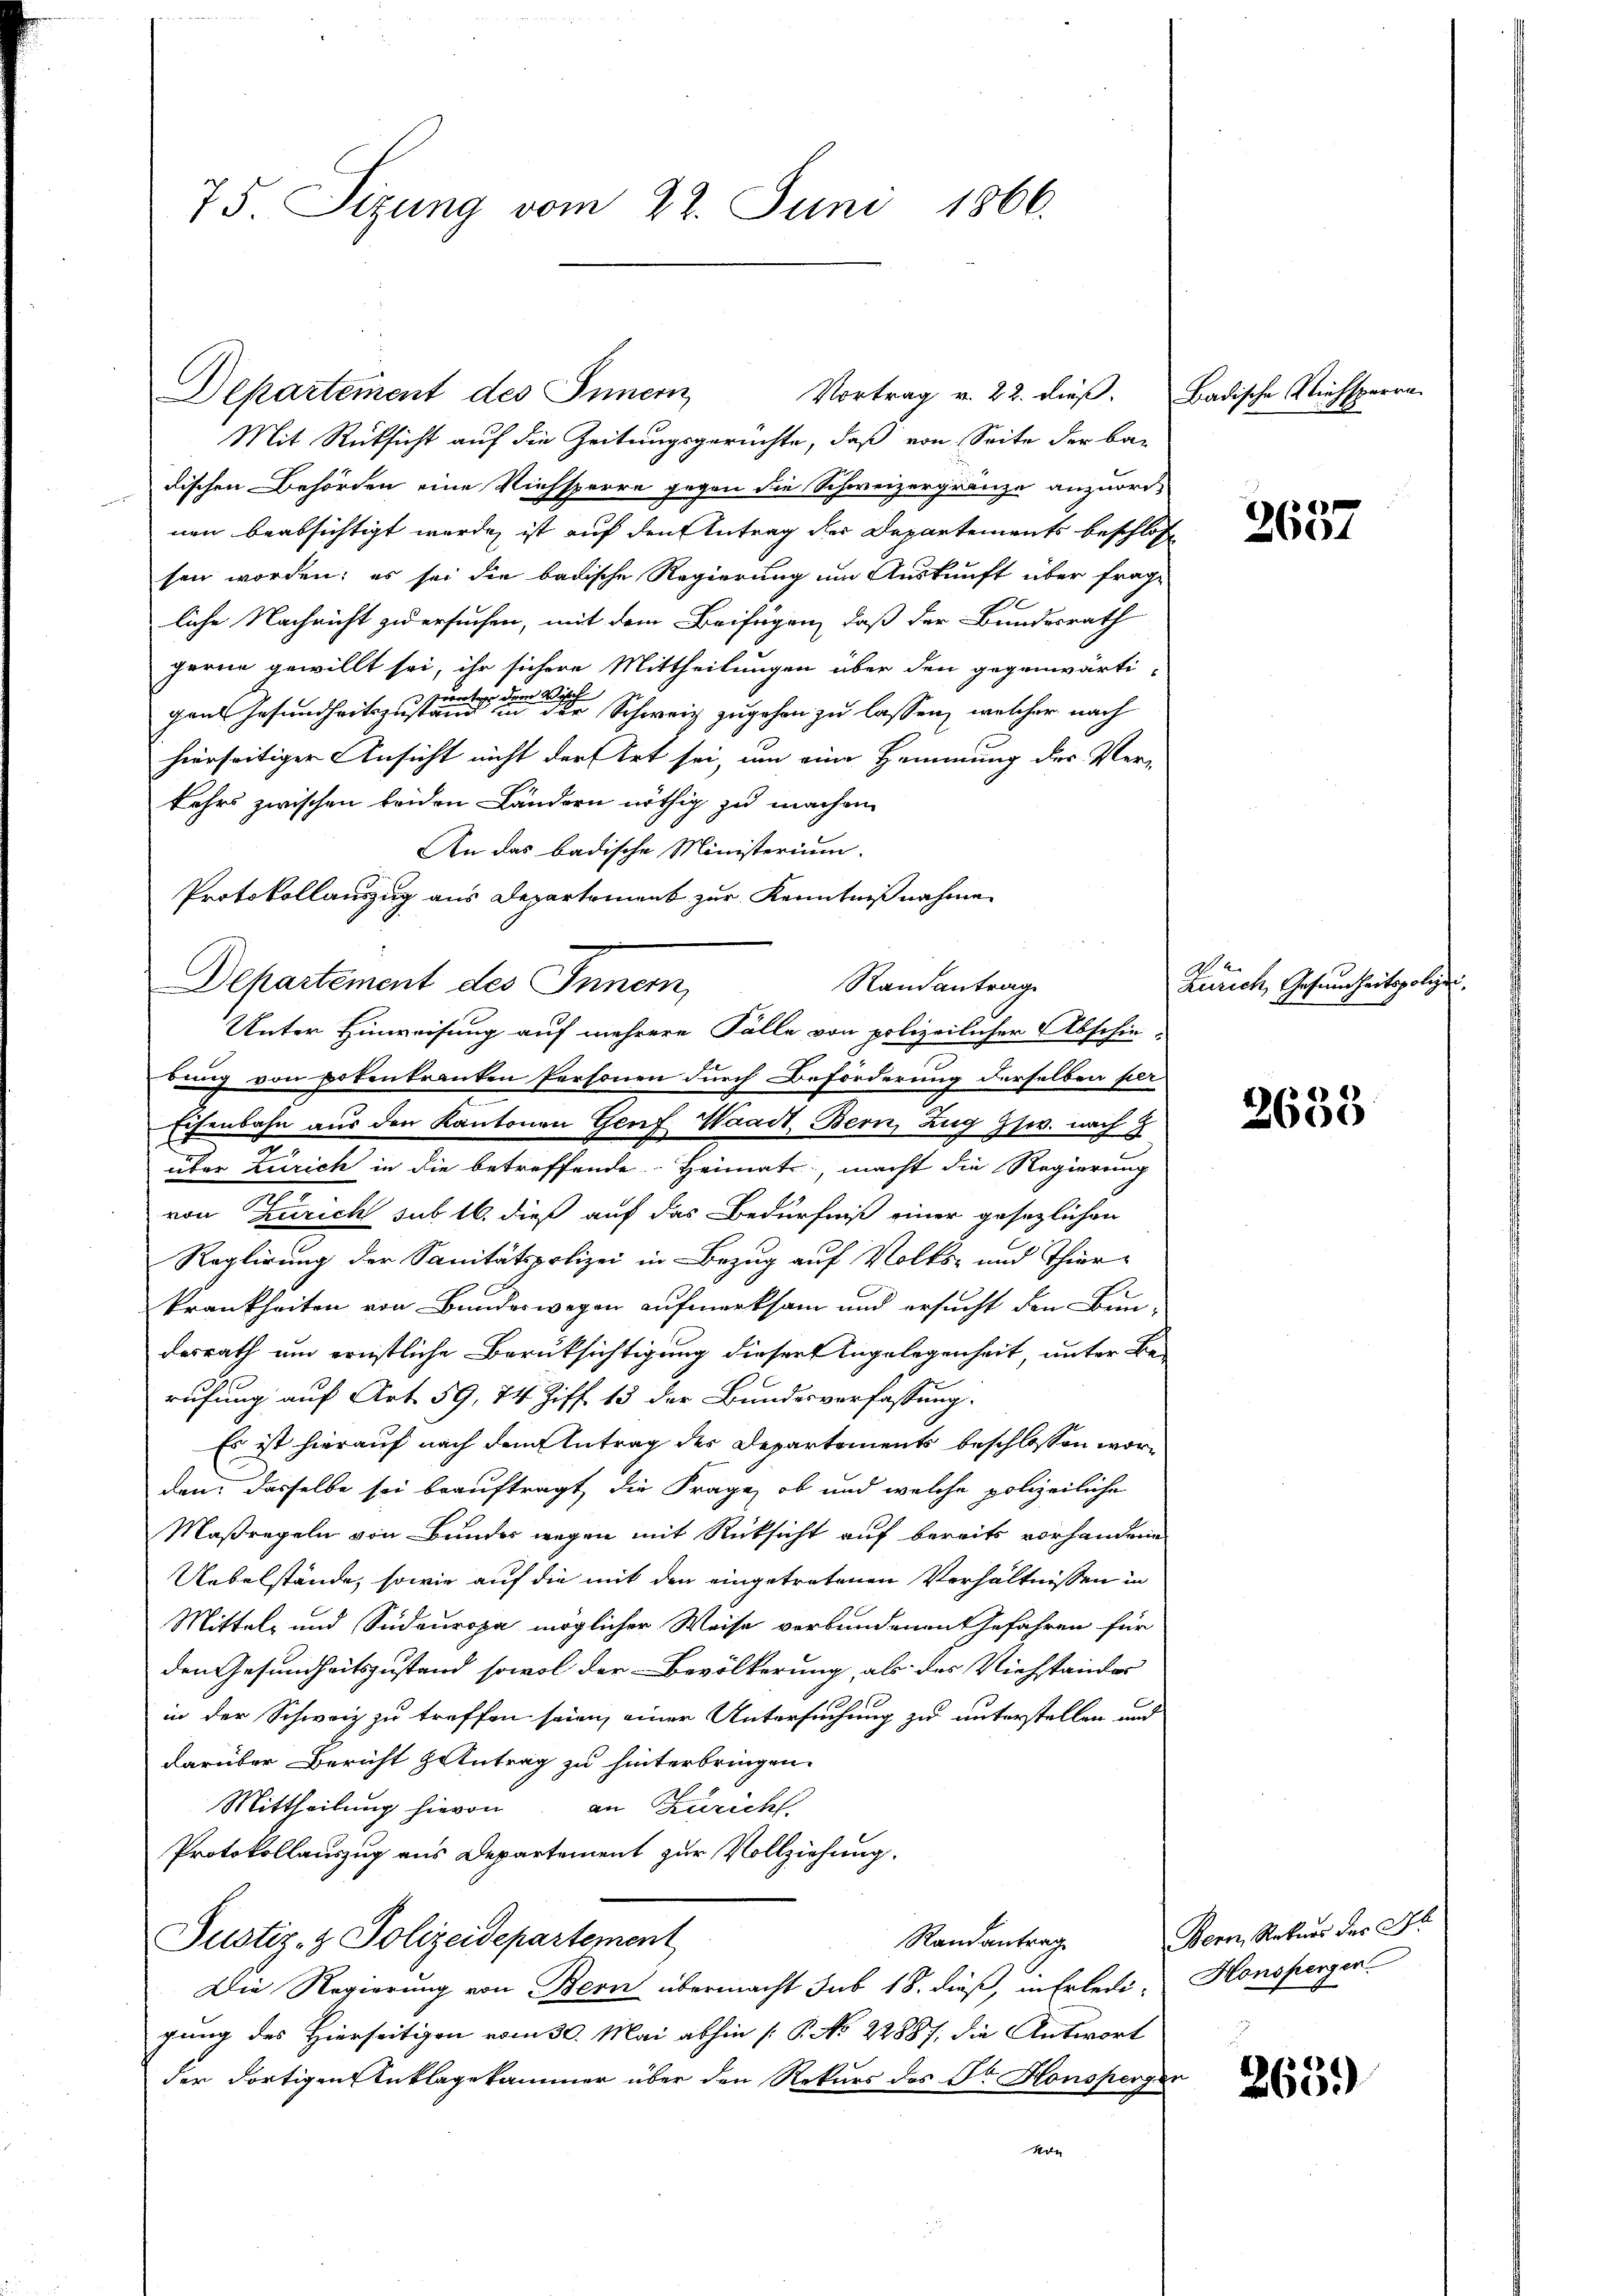
75. Sizung vom 22. Juni 1866.

Departement des Innern
Mit Rücksicht auf die Zeitungsgerüchte, daß von Seite der badischen Behörden eine Viehsperre gegen die Schweizergränze anzuordnen beabsichtigt werde, ist auf den Antrag der Departements beschloße
sen worden; es sei die badische Regierung um Auskunft über frage
liche Nachricht zu ersuchen, mit dem Beifügen, daß der Bundesrath
gerne gewillt sei, ihr sichere Mittheilungen über den gegenwärti-
gants Jesundheitszustern eine einer Schweiz zugehen zu lassen, welcher nach
hierseitiger Ansicht nicht der Art sei, um eine Hemmung der Verkehrs zwischen beiden Ländern nöthig zu machen
An das badische Ministerium.
Protokollauszug aus Departement zur Kenntnißnahme.
DDepartement des Inner,
dung von potentranten Personen durch Beförderung derselben per
Eisenbahn aus den Kantonen Genf Waadt Bern, Zug gew. nach 8
über Zürich in die betreffende Heimats-, macht die Regierung
von Zürich sub 16. dieß auf das Bedürfniß einer gesezlichen
Reglirung der Sanitätspolizei in Bezug auf Volks- und Thierkrankheiten von Bundeswegen aufmerksam und ersucht den Bun-
desrath um ernstliche Berüksichtigung dieser Angelegenheit, unter Be-
rufung auf Art. 59, 74 Ziff. 13 der Bundesverfassung.
Es ist hierauf nach den Antrag der Departements beschlossen worden, dasselbe sei beauftragt, die Frage, ob und welche polizeiliche
Maßregeln von Bundes wegen mit Rücksicht auf bereits vorhandene
Uebelstände, sowie auf die mit den eingetretenen Verhältnissen in
Mittel- und Südeuropa möglicher Weise verbundenen Gefahren für
den Gesundheitszustand sowol der Bevölkerung, als des Viehstandes
in der Schweiz zu treffen seien, einer Untersuchung zu unterstellen und
darüber Bericht Antrag zu hinterbringen.
Mittheilung hievon an Zürich
Protokollauszug aus Departement zur Vollziehung.
Randantrag
Justiz- & Polizeidepartement
Die Regierung von Bern übermacht sub 18. dieß, in Erledigung des Hierseitigen vom 30. Mai abhin [P No 22887, die Antwort
der dortigen Anklagekammer über den Rekurs des Dr. Honsperger
kon

Randantrag
Unter Hinweisung auf mehrere Fälle von polizeilicher Abschie-

Vortrag v. 22. dieß. Badische Viehsperre

6
2604

Zürich, Gesundheitspolize

2638

Bern, Rekurs der Fr
Honspergen

2659)